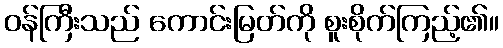
ဝန်ကြီးသည် ကောင်းမြတ်ကို စူးစိုက်ကြည့်၏။